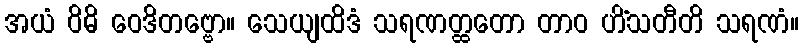
အယံ ဝိဓိ ဝေဒိတဗ္ဗော။ သေယျထိဒံ သရဏတ္ထတော တာဝ ဟိံသတီတိ သရဏံ။